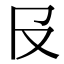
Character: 𠬝